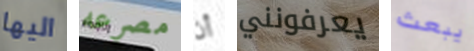
اليها مصرعه أن يعرفونني يبعث